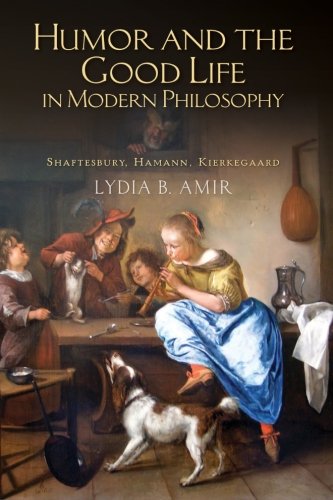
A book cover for Humor and the Good Life in Modern Philosophy: Shaftesbury, Hamann, Kierkegaard; Lydia B. Amir; Humor & Entertainment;